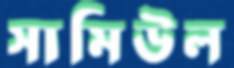
সামিউল